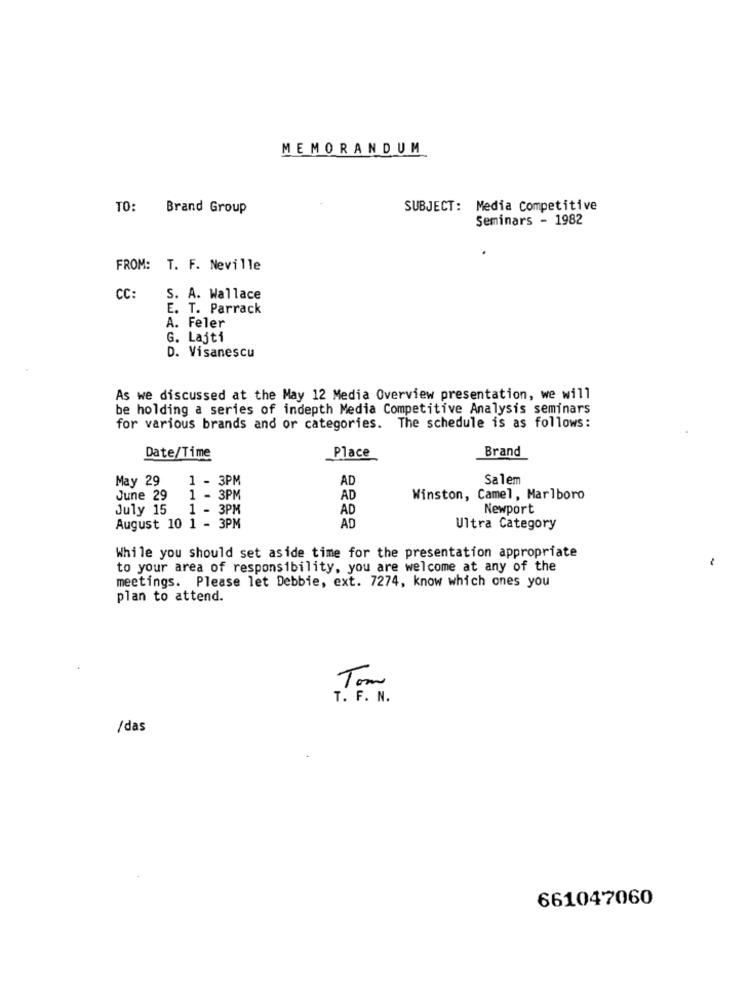
MEMORANDUM
TO: Brand Group
SUBJECT: Media Competitive
Seminars - 1982
FROM: T. F. Neville
CC:
S. A. Wallace
E. T. Parrack
A. Feler
G. Lajti
D. Visanescu
As we discussed at the May 12 Media Overview presentation, we will
be holding a series of indepth Media Competitive Analysis seminars
for various brands and or categories. The schedule is as follows:
Place
Date/Time
Brand
May 29
1 - 3PM
AD
Salem
June 29
1 - 3PM
AD
Winston, Camel, Marlboro
July 15
1 - 3PM
AD
Newport
August 10 1 - 3PM
AD
Ultra Category
While you should set aside time for the presentation appropriate
to your area of responsibility, you are welcome at any of the
meetings. Please let Debbie, ext. 7274, know which ones you
plan to attend.
Tom
T. F. N.
/das
661047060